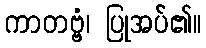
ကာတဗ္ဗံ၊ ပြုအပ်၏။